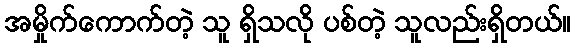
အမှိုက်ကောက်တဲ့ သူ ရှိသလို ပစ်တဲ့ သူလည်းရှိတယ်။